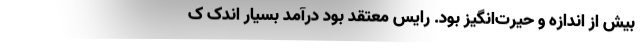
بیش از اندازه و حیرت‌انگیز بود. رایس معتقد بود درآمد بسیار اندک ک